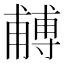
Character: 𭺼